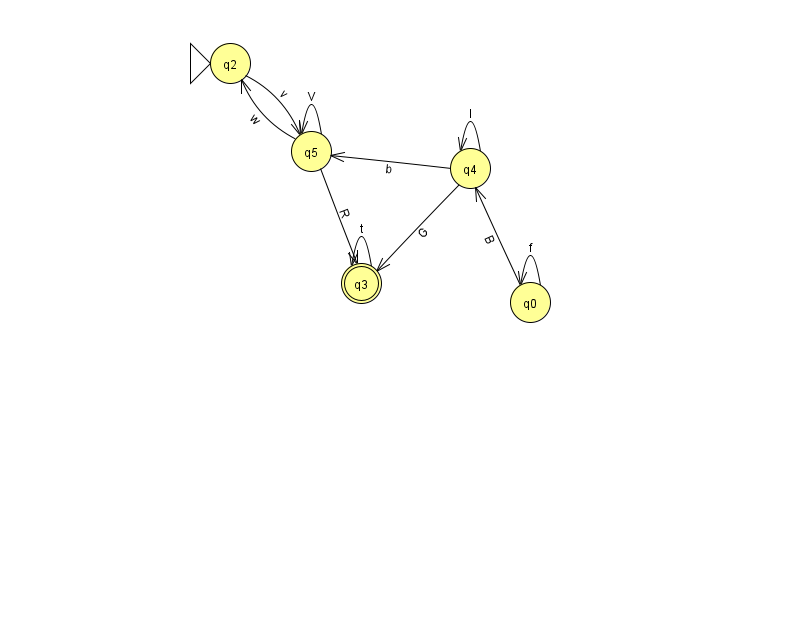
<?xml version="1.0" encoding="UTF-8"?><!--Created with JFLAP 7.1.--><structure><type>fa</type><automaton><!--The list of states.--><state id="0" name="q0"><x>530.0</x><y>289.0</y></state><state id="1" name="q1"><x>966.0</x><y>321.0</y><final/></state><state id="2" name="q2"><x>230.0</x><y>50.0</y><initial/></state><state id="3" name="q3"><x>361.0</x><y>270.0</y><final/></state><state id="4" name="q4"><x>470.0</x><y>155.0</y></state><state id="5" name="q5"><x>311.0</x><y>138.0</y></state><!--The list of transitions.--><transition><from>0</from><to>4</to><read>B</read></transition><transition><from>5</from><to>3</to><read>R</read></transition><transition><from>3</from><to>3</to><read>t</read></transition><transition><from>0</from><to>0</to><read>f</read></transition><transition><from>2</from><to>5</to><read>v</read></transition><transition><from>5</from><to>5</to><read>V</read></transition><transition><from>5</from><to>2</to><read>w</read></transition><transition><from>1</from><to>1</to><read>h</read></transition><transition><from>4</from><to>5</to><read>b</read></transition><transition><from>4</from><to>4</to><read>I</read></transition><transition><from>4</from><to>3</to><read>G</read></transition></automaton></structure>